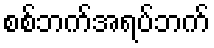
စစ်ဘက်အရပ်ဘက်